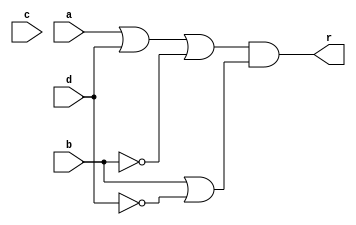
module add_new(
    input a,b,c,d,
    output r
    );
    assign r = ( a| d| ~b ) & ( b| ~d );

endmodule

module one_bit_add(
    input b1,b2,b3,c_in,
    output r,c_out
    );
    add_new res(b1,b2,b3,c_in,r); 
    add_new cout(c_in,b1,b2,b3,c_out);
endmodule

module calc(
    input wire [7:0] a,b,c,
    input wire [1:0] op,
    output wire [7:0] r, output wire c_out
    );
    wire [7:0] t,A,B,C;
    wire d;

    assign A = a^(op[0] & ~op[1]);
    assign B = b^(~op[0] & op[1]);
    assign C = c^(op[0] & op[1]);
    assign d = op[0] | op[1]; 

    one_bit_add add0(A[0],B[0],C[0],d,r[0],t[0]);
    one_bit_add add1(A[1],B[1],C[1],t[0],r[1],t[1]);
    one_bit_add add2(A[2],B[2],C[2],t[1],r[2],t[2]);
    one_bit_add add3(A[3],B[3],C[3],t[2],r[3],t[3]);
    one_bit_add add4(A[4],B[4],C[4],t[3],r[4],t[4]);
    one_bit_add add5(A[5],B[5],C[5],t[4],r[5],t[5]);
    one_bit_add add6(A[6],B[6],C[6],t[5],r[6],t[6]);
    one_bit_add add7(A[7],B[7],C[7],t[6],r[7],t[7]);

    assign c_out = c[7];
    
endmodule

module tb;

    reg [7:0] A, B,C;
    reg [1:0] op;
    wire [7:0] R;
    wire C_out;

    calc res(A, B, C, op, R, C_out);

    initial begin
        $monitor("A=%d, B=%d, C=%d, op=%b, Result= %d", A, B, C, op, R);

        repeat(10) begin
            A = $random;
            B = $random;
            C = $random;
            op = $random; 
            #21;
        end
    
    end

endmodule